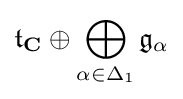
\displaystyle {{\mathfrak {t}}_{\mathbf {C} }\oplus \bigoplus _{\alpha \in \Delta _{1}}{\mathfrak {g}}_{\alpha }}